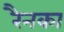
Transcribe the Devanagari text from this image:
रैनका